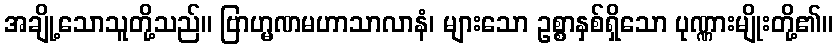
အချို့သောသူတို့သည်။ ဗြာဟ္မဏမဟာသာလာနံ၊ များသော ဥစ္စာနှစ်ရှိသော ပုဏ္ဏားမျိုးတို့၏။